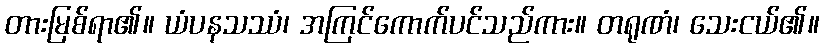
တားမြစ်ရာ၏။ ယံပနသဿံ၊ အကြင်ကောက်ပင်သည်ကား။ တရုဏံ၊ သေးငယ်၏။